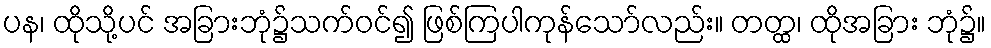
ပန၊ ထိုသို့ပင် အခြားဘုံ၌သက်ဝင်၍ ဖြစ်ကြပါကုန်သော်လည်း။ တတ္ထ၊ ထိုအခြား ဘုံ၌။